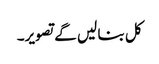
کل بنا لیں گے تصویر۔